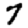
Digit: 7